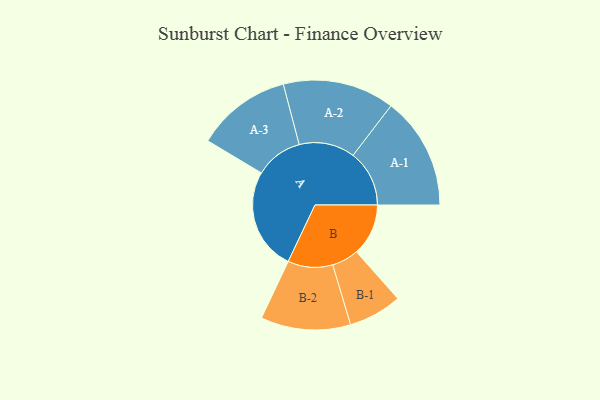
{"axis": {"x": "Segment", "y": "Value"}, "legend": ["", "A", "B"], "data": [{"x": "A", "y": 467, "type": ""}, {"x": "B", "y": 237, "type": ""}, {"x": "A-1", "y": 257, "type": "A"}, {"x": "A-2", "y": 255, "type": "A"}, {"x": "A-3", "y": 217, "type": "A"}, {"x": "B-1", "y": 122, "type": "B"}, {"x": "B-2", "y": 205, "type": "B"}]}